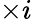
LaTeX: \times i